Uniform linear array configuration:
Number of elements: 8
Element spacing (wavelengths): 1
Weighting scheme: uniform
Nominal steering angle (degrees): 45
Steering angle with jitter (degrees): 46.04
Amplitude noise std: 0.05
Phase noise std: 0.05

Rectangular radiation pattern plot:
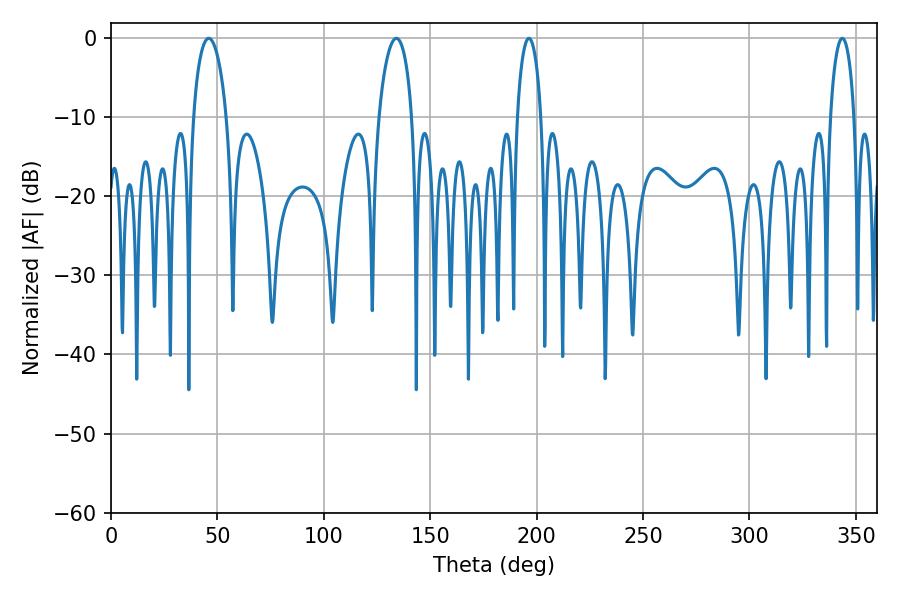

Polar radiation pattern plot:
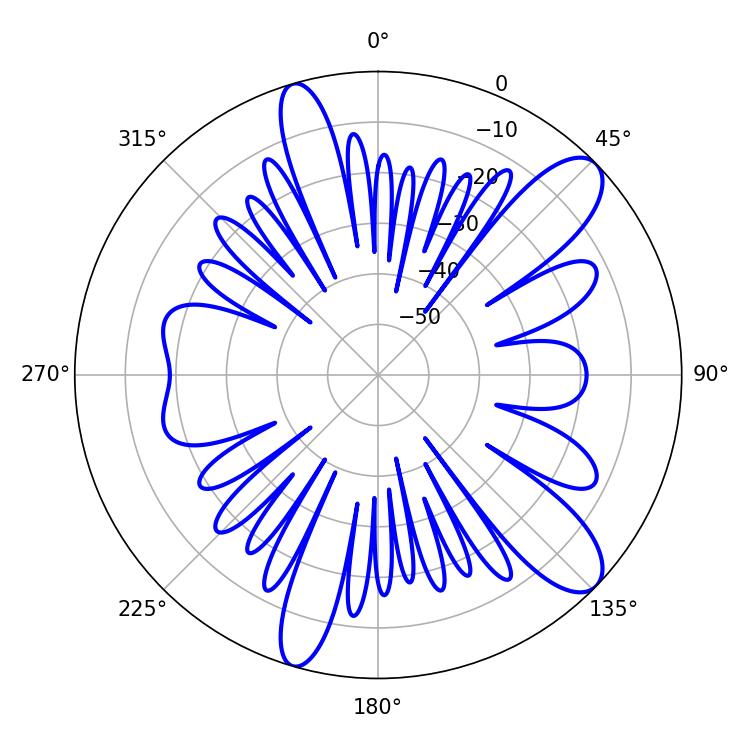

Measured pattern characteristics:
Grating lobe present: TRUE
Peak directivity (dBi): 10.712
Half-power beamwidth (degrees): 9
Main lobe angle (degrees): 45.9